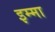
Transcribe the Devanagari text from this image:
इम्मा